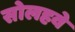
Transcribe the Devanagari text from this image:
सोलहवे